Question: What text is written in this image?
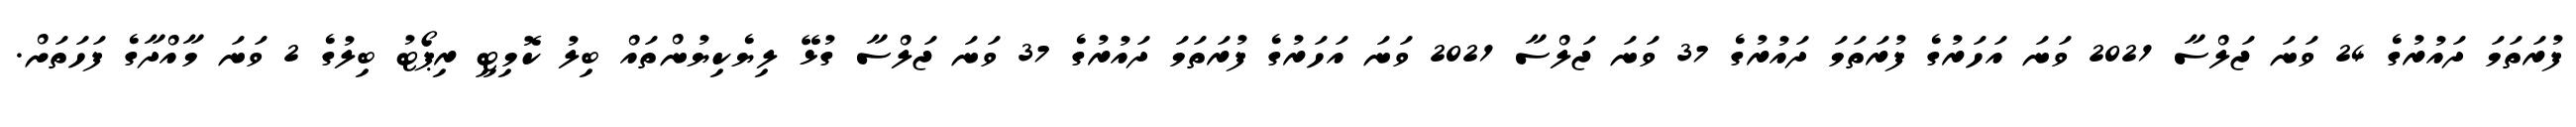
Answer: ފުރަތަމަ ދައުރުގެ 24 ވަނަ ޖަލްސާ 2021 ވަނަ އަހަރުގެ ފުރަތަމަ ދައުރުގެ 37 ވަނަ ޖަލްސާ 2021 ވަނަ އަހަރުގެ ފުރަތަމަ ދައުރުގެ 37 ވަނަ ޖަލްސާ ގުޅޭ ލިޔެކިޔުންތައް ބިލު ކޮމިޓީ ރިޕޯޓު ބިލުގެ 2 ވަނަ މާއްދާގެ ފަހަތަށް.